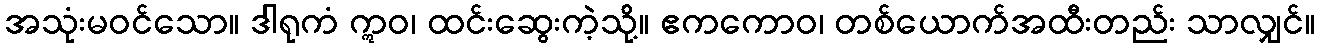
အသုံးမဝင်သော။ ဒါရုကံ ဣဝ၊ ထင်းဆွေးကဲ့သို့။ ဧကကောဝ၊ တစ်ယောက်အထီးတည်း သာလျှင်။